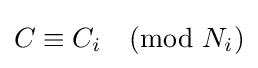
C\equiv C_{i}{\pmod {N_{i}}}